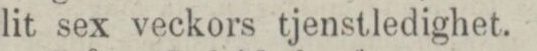
lit sex veckors tjenstledighet.